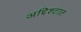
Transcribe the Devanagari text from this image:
अद्दिश्टात